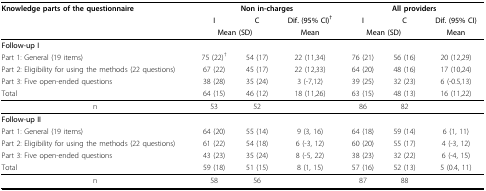
<table><thead><tr><td><b>Knowledge parts of the questionnaire</b></td><td colspan="3"><b>Non in-charges</b></td><td colspan="3"><b>All providers</b></td></tr><tr><td></td><td><b>I</b></td><td><b>C</b></td><td><b>Dif. (95% CI)<sup>†</sup></b></td><td><b>I</b></td><td><b>C</b></td><td><b>Dif. (95% CI)</b></td></tr><tr><td></td><td colspan="2"><b>Mean (SD)</b></td><td><b>Mean</b></td><td colspan="2"><b>Mean (SD)</b></td><td><b>Mean</b></td></tr></thead><tbody><tr><td><b>Follow-up I</b></td><td></td><td></td><td></td><td></td><td></td><td></td></tr><tr><td>Part 1: General (19 items)</td><td>75 (22)<sup>†</sup></td><td>54 (17)</td><td>22 (11,34)</td><td>76 (21)</td><td>56 (16)</td><td>20 (12,29)</td></tr><tr><td>Part 2: Eligibility for using the methods (22 questions)</td><td>67 (22)</td><td>45 (17)</td><td>22 (12,33)</td><td>64 (20)</td><td>48 (16)</td><td>17 (10,24)</td></tr><tr><td>Part 3: Five open-ended questions</td><td>38 (28)</td><td>35 (24)</td><td>3 (-7,12)</td><td>39 (25)</td><td>32 (23)</td><td>6 (-0.5,13)</td></tr><tr><td>Total</td><td>64 (15)</td><td>46 (12)</td><td>18 (11,26)</td><td>63 (15)</td><td>48 (13)</td><td>16 (11,22)</td></tr><tr><td>n</td><td>53</td><td>52</td><td></td><td>86</td><td>82</td><td></td></tr><tr><td><b>Follow-up II</b></td><td></td><td></td><td></td><td></td><td></td><td></td></tr><tr><td>Part 1: General (19 items)</td><td>64 (20)</td><td>55 (14)</td><td>9 (3, 16)</td><td>64 (18)</td><td>59 (14)</td><td>6 (1, 11)</td></tr><tr><td>Part 2: Eligibility for using the methods (22 questions)</td><td>61 (22)</td><td>54 (18)</td><td>6 (-3, 12)</td><td>60 (20)</td><td>55 (17)</td><td>4 (-3, 12)</td></tr><tr><td>Part 3: Five open-ended questions</td><td>43 (23)</td><td>35 (24)</td><td>8 (-5, 22)</td><td>38 (23)</td><td>32 (22)</td><td>6 (-4, 15)</td></tr><tr><td>Total</td><td>59 (18)</td><td>51 (15)</td><td>8 (1, 15)</td><td>57 (16)</td><td>52 (13)</td><td>5 (0.4, 11)</td></tr><tr><td>n</td><td>58</td><td>56</td><td></td><td>87</td><td>88</td><td></td></tr></tbody></table>